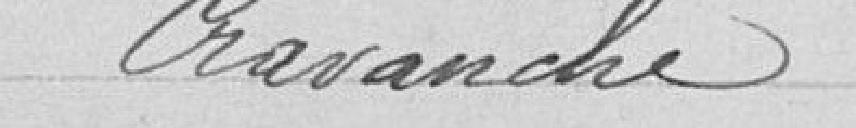
Cravanche